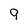
Character: 9